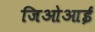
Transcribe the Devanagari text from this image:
जिओआई